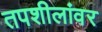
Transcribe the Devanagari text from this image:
तपशीलांवर